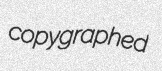
copygraphed